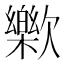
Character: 𣤰